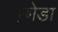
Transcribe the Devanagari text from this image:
छ़ोडा